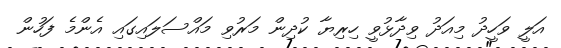
އަލީ ވަހީދު މިއަދު ވިދާޅުވީ ހިރިޔާ ކުދިން މަރުވި މައްސަލައިގައި އެންމެ ފަހުން